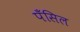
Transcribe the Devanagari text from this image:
पॅंसिल